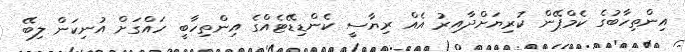
އިންތިހާބުގެ ކެމްޕޭން ކުރިޔަށްދާއިރު އެއް ރިޔާސީ ކެންޑިޑޭޓެއްގެ އިންތިހާބީ ހައްގަށް އުނިކަން ލިބޭ